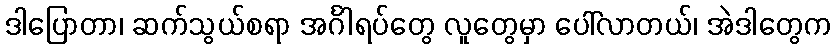
ဒါပြောတာ၊ ဆက်သွယ်စရာ အင်္ဂါရပ်တွေ လူတွေမှာ ပေါ်လာတယ်၊ အဲဒါတွေက